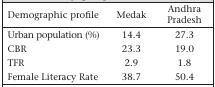
| Demographic profile | Medak | Andhra Pradesh |
 | --- | --- | --- |
 | Urban population (%) | 14.4 | 27.3 |
 | CBR | 23.3 | 19.0 |
 | TFR | 2.9 | 1.8 |
 | Female Literacy Rate | 38.7 | 50.4 |